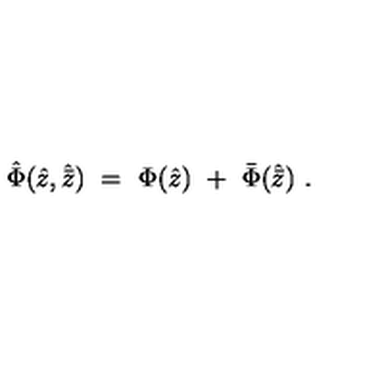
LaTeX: { \hat { \Phi } } ( { \hat { z } } , { \hat { \bar { z } } } ) \ = \ \Phi ( { \hat { z } } ) \ + \ { \bar { \Phi } } ( { \hat { \bar { z } } } ) \ .